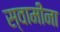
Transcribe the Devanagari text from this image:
स्वामीना